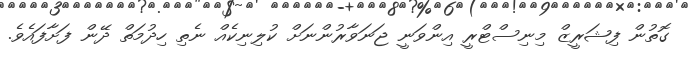
ގޮތުން ފިޝަރީޒް މިނިސްޓްރީ އިންވަނީ ޖަނަވާރުންނަށް ކުލިނިކެއް ނެތި ހިދުމަތް ދޭން ފަށާފައެވެ.